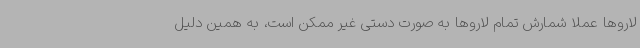
لاروها عملا شمارش تمام لاروها به صورت دستی غیر ممکن است، به همین دلیل